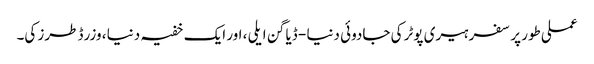
عملی طور پر سفر ہیری پوٹر کی جادوئی دنیا - ڈیاگن ایلی ، اور ایک خفیہ دنیا ، وزرڈ طرز کی۔